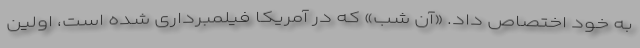
به خود اختصاص داد. «آن شب» که در آمریکا فیلمبرداری شده است، اولین